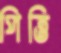
পিত্তি